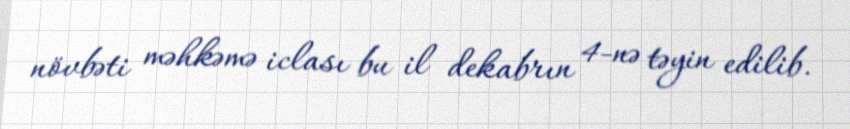
növbəti məhkəmə iclası bu il dekabrın 4-nə təyin edilib.